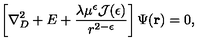
\left[ \nabla _ { { D } } ^ { 2 } + E + \frac { \lambda \mu ^ { \epsilon } { \mathcal J } ( \epsilon ) } { r ^ { 2 - \epsilon } } \right] \Psi ( { \bf r } ) = 0 ,